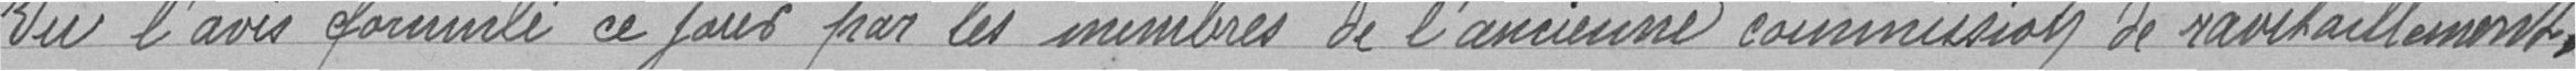
Vu l'avis formulé ce jour par les membres de l'ancienne commission de ravitaillement .